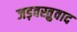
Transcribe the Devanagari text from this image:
जड़वस्तुवाद